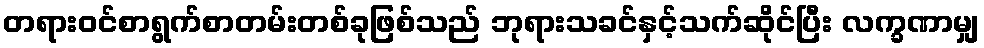
တရားဝင်စာရွက်စာတမ်းတစ်ခုဖြစ်သည် ဘုရားသခင်နှင့်သက်ဆိုင်ပြီး လက္ခဏာမျှ